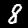
Label: 8